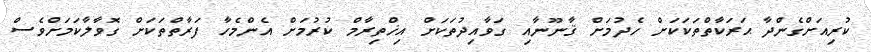
ކުރިއަށްގެންދާ ޙަރަކާތްތަކަކަށް ހެދުމަށް ޤާނޫނާއި ގަވާއިދުތަކަށް އިޚްތިރާމް ކުރުމަށް އެންމެހާ ފަރާތްތަކަށް ގޮވާލާކަމަށްވެސް